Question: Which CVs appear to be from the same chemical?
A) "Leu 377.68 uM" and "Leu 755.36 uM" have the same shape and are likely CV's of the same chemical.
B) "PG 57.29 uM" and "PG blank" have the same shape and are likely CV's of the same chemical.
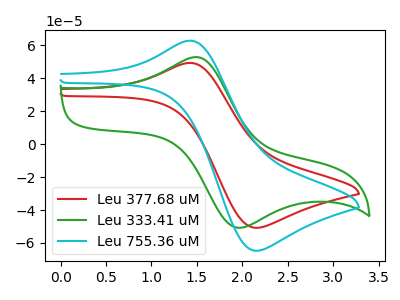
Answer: <think>The red curve "Leu 377.68 uM" has an anodic peak at (1.45V, 49.25uA) and a cathodic peak at (2.15V, -50.80uA). The green curve "Leu 333.41 uM" has an anodic peak at (1.50V, 52.65uA) and a cathodic peak at (1.95V, -50.80uA). The cyan curve "Leu 755.36 uM" has an anodic peak at (1.45V, 62.70uA) and a cathodic peak at (2.15V, -64.70uA).
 "Leu 377.68 uM" and "Leu 333.41 uM" have at least one peak that do not match. All the peaks in "Leu 377.68 uM" have a peak in "Leu 755.36 uM" at the same potential. Every peak in "Leu 377.68 uM" is lower than every peak in "Leu 755.36 uM". "Leu 333.41 uM" and "Leu 755.36 uM" have at least one peak that do not match.</think>
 <answer>A) "Leu 377.68 uM" and "Leu 755.36 uM" have the same shape and are likely CV's of the same chemical.</answer>
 <eval>A</eval>